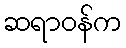
ဆရာဝန်က